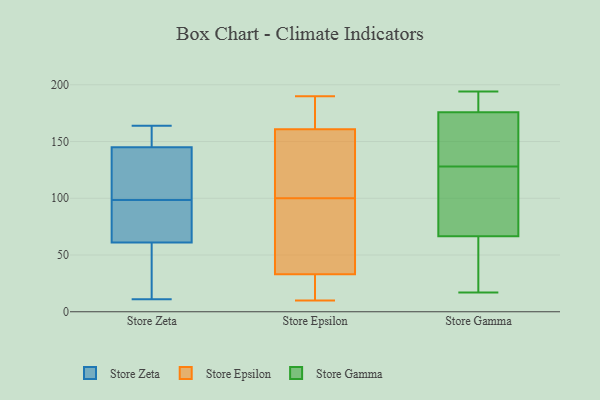
{"axis": {"x": "Waste Production (Tons)", "y": "Value"}, "legend": ["Store Epsilon", "Store Gamma", "Store Zeta"], "data": [{"x": "", "y": 164, "type": "Store Zeta"}, {"x": "", "y": 61, "type": "Store Zeta"}, {"x": "", "y": 11, "type": "Store Zeta"}, {"x": "", "y": 60, "type": "Store Zeta"}, {"x": "", "y": 140, "type": "Store Zeta"}, {"x": "", "y": 117, "type": "Store Zeta"}, {"x": "", "y": 145, "type": "Store Zeta"}, {"x": "", "y": 80, "type": "Store Zeta"}, {"x": "", "y": 69, "type": "Store Zeta"}, {"x": "", "y": 163, "type": "Store Zeta"}, {"x": "", "y": 29, "type": "Store Epsilon"}, {"x": "", "y": 170, "type": "Store Epsilon"}, {"x": "", "y": 100, "type": "Store Epsilon"}, {"x": "", "y": 190, "type": "Store Epsilon"}, {"x": "", "y": 166, "type": "Store Epsilon"}, {"x": "", "y": 10, "type": "Store Epsilon"}, {"x": "", "y": 12, "type": "Store Epsilon"}, {"x": "", "y": 48, "type": "Store Epsilon"}, {"x": "", "y": 159, "type": "Store Epsilon"}, {"x": "", "y": 102, "type": "Store Epsilon"}, {"x": "", "y": 130, "type": "Store Epsilon"}, {"x": "", "y": 188, "type": "Store Epsilon"}, {"x": "", "y": 132, "type": "Store Epsilon"}, {"x": "", "y": 67, "type": "Store Epsilon"}, {"x": "", "y": 33, "type": "Store Epsilon"}, {"x": "", "y": 58, "type": "Store Epsilon"}, {"x": "", "y": 33, "type": "Store Epsilon"}, {"x": "", "y": 53, "type": "Store Gamma"}, {"x": "", "y": 177, "type": "Store Gamma"}, {"x": "", "y": 168, "type": "Store Gamma"}, {"x": "", "y": 37, "type": "Store Gamma"}, {"x": "", "y": 71, "type": "Store Gamma"}, {"x": "", "y": 65, "type": "Store Gamma"}, {"x": "", "y": 128, "type": "Store Gamma"}, {"x": "", "y": 168, "type": "Store Gamma"}, {"x": "", "y": 194, "type": "Store Gamma"}, {"x": "", "y": 178, "type": "Store Gamma"}, {"x": "", "y": 82, "type": "Store Gamma"}, {"x": "", "y": 94, "type": "Store Gamma"}, {"x": "", "y": 17, "type": "Store Gamma"}, {"x": "", "y": 189, "type": "Store Gamma"}, {"x": "", "y": 172, "type": "Store Gamma"}]}